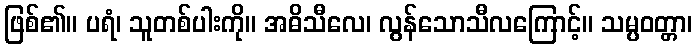
ဖြစ်၏။ ပရံ၊ သူတစ်ပါးကို။ အဓိသီလေ၊ လွန်သောသီလကြောင့်။ သမ္ပဝတ္တာ၊